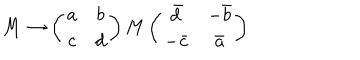
M \rightarrow \left( \begin{array} { c c } { { a } } & { { b } } \\ { { c } } & { { d } } \\ \end{array} \right) M \left( \begin{array} { c c } { { \bar { d } } } & { { - \bar { b } } } \\ { { - \bar { c } } } & { { \bar { a } } } \\ \end{array} \right)